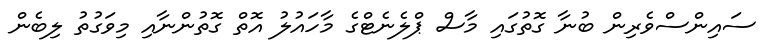
ސައިންސްވެރިން ބުނާ ގޮތުގައި މާސް ޕްލެނެޓްގެ މާހައުލު އޮތް ގޮތުންނާއި މިވަގުތު ލިބެން